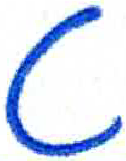
אות: ט